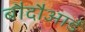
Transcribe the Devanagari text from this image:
बौदौआर्ड